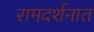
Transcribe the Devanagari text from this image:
रामदर्शनात